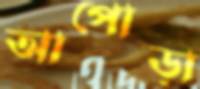
আপোড়া